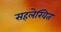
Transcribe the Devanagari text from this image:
सहलेखित